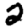
Digit: 2